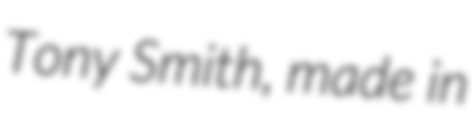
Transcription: Tony Smith, made in